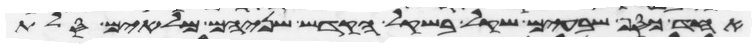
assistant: אחד כסף שבעים שקל בשקל הקדש שניהם מלאים סלת